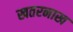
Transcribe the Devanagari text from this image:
खतरनाख